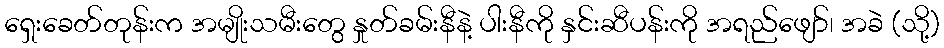
ရှေးခေတ်တုန်းက အမျိုးသမီးတွေ နှုတ်ခမ်းနီနဲ့ ပါးနီကို နှင်းဆီပန်းကို အရည်ဖျော်၊ အခဲ (သို့)